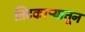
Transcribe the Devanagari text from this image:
तिटकाऱ्यातून